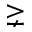
\gneq